Medical and sanitary report of the native army of Madras for the year
Year: 1875
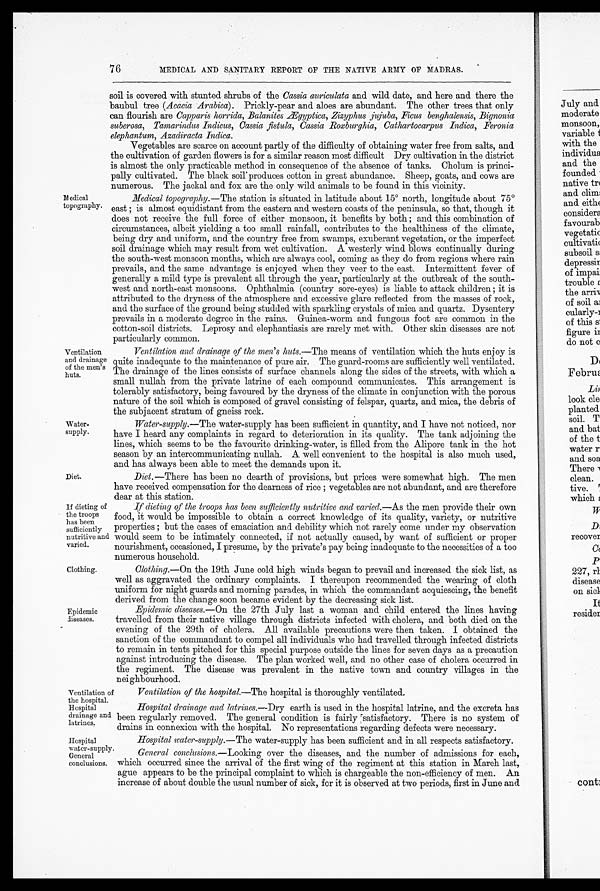
Ventilation of
the hospital.
Hospital
drainage and
latrines.
Hospital
W at er-supply.
General
conclusions.
76
MEDICAL AND SANITARY REPORT OF THE NATIVE ARMY OF MADRAS.
Medical
topography.
Ventilation
and drainage
of the men's
huts.
Water
-supply.
soil is covered with stunted shrubs of the Cassia auriculata and wild date, and here and there the
baubul tree (Acacia Arabica). Prickly-pear and aloes are abundant. The other trees that only
can flourish are Capparis horrida, Balanites Ægyptica, Zizyphus jujuba, Ficus benghalensis, Bignonia
suberosa, Tamarindus Indicus, Cassia fistula, Cassia Roxburghia, Cathartocarpus Indica, Feronia
elephantum, Azadiracta Indica.
Vegetables are scarce on account partly of the difficulty of obtaining water free from salts, and
the cultivation of garden flowers is for a similar reason most difficult Dry cultivation in the district
is almost the only practicable method in consequence of the absence of tanks. Cholum is princi
-pally cultivated. The black soil produces cotton in great abundance. Sheep, goats, and cows are
numerous. The jackal and fox are the only wild animals to be found in this vicinity.
Medical topography.—The station is situated in latitude about 15° north, longitude about 75°e
ast; is almost equidistant from the eastern and western coasts of the peninsula, so that, though it
does not receive the full force of either monsoon, it benefits by both; and this combination of
circumstances, albeit yielding a too small rainfall, contributes to the healthiness of the climate,
being dry and uniform, and the country free from swamps, exuberant vegetation, or the imperfect
soil drainage which may result from wet cultivation. A westerly wind blows continually during
the south-west monsoon months, which are always cool, coming as they do from regions where rain
prevails, and the same advantage is enjoyed when they veer to the east. Intermittent fever of
generally a mild type is prevalent all through the year, particularly at the outbreak of the south
-west and north-east monsoons. Ophthalmia (country sore-eyes) is liable to attack children; it is
attributed to the dryness of the atmosphere and excessive glare reflected from the masses of rock,
and the surface of the ground being studded with sparkling crystals of mica and quartz. Dysentery
prevails in a moderate degree in the rains. Guinea-worm and fungous foot are common in the
cotton-soil districts. Leprosy and elephantiasis are rarely met with. Other skin diseases are not
particularly common.
Ventilation and drainage of the men's huts .—The means of ventilation which the huts enjoy is
quite inadequate to the maintenance of pure air. The guard-rooms are sufficiently well ventilated.
The drainage of the lines consists of surface channels along the sides of the streets, with which a
small nullah from the private latrine of each compound communicates. This arrangement is
tolerably satisfactory, being favoured by the dryness of the climate in conjunction with the porous
nature of the soil which is composed of gravel consisting of felspar, quartz, and mica, the debris of
the subjacent stratum of gneiss rock.
Water-supply .—The water-supply has been sufficient in quantity, and I have not noticed, nor
have I heard any complaints in regard to deterioration in its quality. The tank adjoining the
lines, which seems to be the favourite drinking-water, is filled from the Alipore tank in the hot
season by an intercommunicating nullah. A well convenient to the hospital is also much used,
and has always been able to meet the demands upon it.
Diet.
If dieting of
the troops
has been
sufficiently
nutritive and
varied.
Clothing.
Epidemic
diseases.
Diet.—There has been no dearth of provisions, but prices were somewhat high. The men
have received compensation for the dearness of rice; vegetables are not abundant, and are therefore
dear at this station.
If dieting of the troops has been sufficiently nutritive and varied .—As the men provide their own
food, it would be impossible to obtain a correct knowledge of its quality, variety, or nutritive
properties; but the cases of emaciation and debility which not rarely come under my observation
would seem to be intimately connected, if not actually caused, by want of sufficient or proper
nourishment, occasioned, I presume, by the private's pay being inadequate to the necessities of a too
numerous household.
Clothing.—On the 19th June cold high winds began to prevail and increased the sick list, as
well as aggravated the ordinary complaints. I thereupon recommended the wearing of cloth
uniform for night guards and morning parades, in which the commandant acquiescing, the benefit
derived from the change soon became evident by the decreasing sick list.
Epidemic diseases .—On the 27th July last a woman and child entered the lines having
travelled from their native village through districts infected with cholera, and both died on the
evening of the 29th of cholera. All available precautions were then taken. I obtained the
sanction of the commandant to compel all individuals who had travelled through infected districts
to remain in tents pitched for this special purpose outside the lines for seven days as a precaution
against introducing the disease. The plan worked well, and no other case of cholera occurred in
the regiment. The disease was prevalent in the native town and country villages in the
neighbourhood.
Ventilation of the hospital.—The hospital is thoroughly ventilated.
Hospital drainage and latrines .—Dry earth is used in the hospital latrine, and the excreta has
been regularly removed. The general condition is fairly satisfactory. There is no system of
drains in connexion with the hospital. No representations regarding defects were necessary.
Hospital water-supply .—The water-supply has been sufficient and in all respects satisfactory.
General conclusions .—Looking over the diseases, and the number of admissions for each,
which occurred since the arrival of the first wing of the regiment at this station in March last,
ague appears to be the principal complaint to which is chargeable the non-efficiency of men. An
increase of about double the usual number of sick, fer it is observed at two periods, first in June and